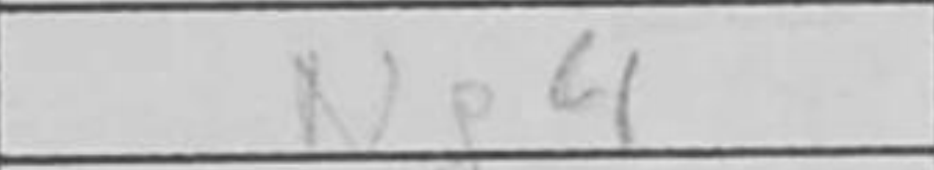
Transcription: Ng4